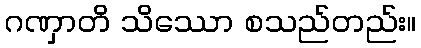
ဂဏှာတိ သိဿော စသည်တည်း။